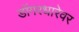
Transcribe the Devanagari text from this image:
डोंगरधारेवर